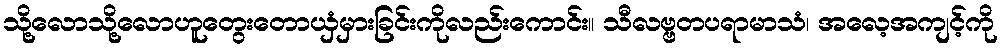
သို့လောသို့လောဟူတွေးတောယှံမှားခြင်းကိုလည်းကောင်း။ သီလဗ္ဗတပရာမာသံ၊ အလေ့အကျင့်ကို